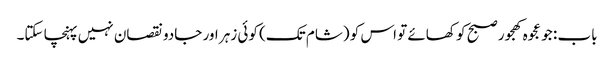
باب : جو عجوہ کھجور صبح کو کھائے تو اس کو (شام تک) کوئی زہر اور جادو نقصان نہیں پہنچا سکتا۔